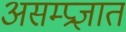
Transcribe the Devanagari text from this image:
असम्प्रज्ञात